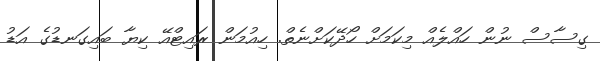
ގިސާސް ނުން ހައްލެއް މިކަމަށް ހޯދޭކަށްނެތް. ހިއުމަން ރައިޓްއޭ ކިޔާ ބައިގަނޑުގެ އަޑު